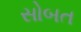
સોબત